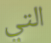
التي